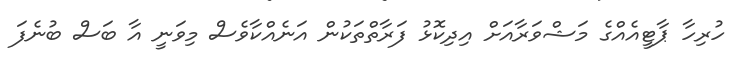
ހުރިހާ ޕާޓީއެއްގެ މަޝްވަރާއަށް އިދިކޮޅު ފަރާތްތަކުން އަނެއްކާވެސް މިވަނީ އާ ބަސް ބުނެފަ